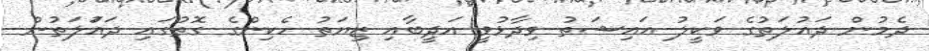
ދެމުން ދައުލަތުގެ ވަކީލު އައިޝަތު ވިދާޅުވީ އަަދީބާއި ޒިޔަތު ހެކިންގެ ގޮތުގައި ދައުަލަތުން